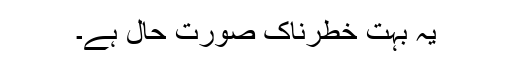
یہ بہت خطرناک صورت حال ہے۔